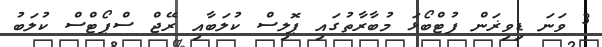
3 ވަނަ ޑިވިޜަން ފުޓްބޯޅަ މުބާރާތުގައި ޕޮލިސް ކުލަބާއި ރޭޖް ސްޕޯޓްސް ކުލަބު